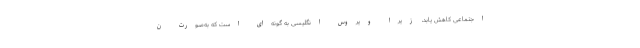
اجتماعی کاهش یابد، زیرا ویروس انگلیسی به گونه‌ای است که به‌صورت ن